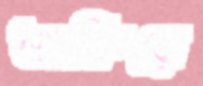
তাকিয়ে